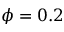
\phi = 0 . 2